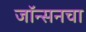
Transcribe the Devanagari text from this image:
जॉन्सनचा